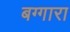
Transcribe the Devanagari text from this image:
बग्गारा